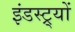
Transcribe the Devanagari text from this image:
इंडस्ट्र्यों